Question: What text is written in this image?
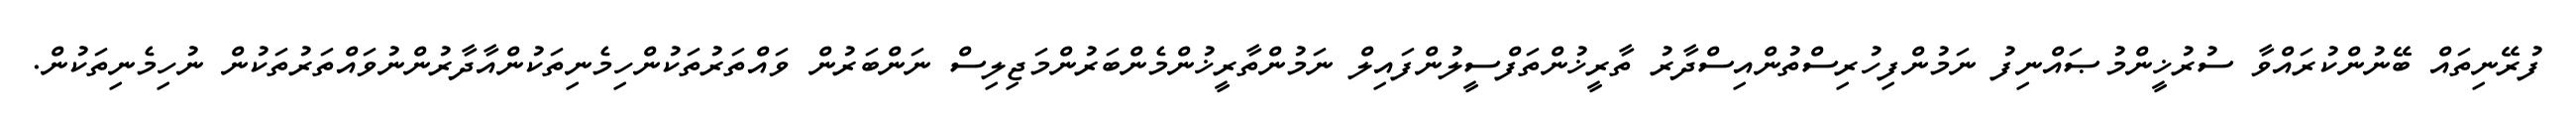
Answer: ފުރޭނިތައް ބޭނުންކުރައްވާ ސުރުޚީންމުޞައްނިފު ނަމުންފިހުރިސްތުންއިސްދާރު ތާރީޚުންތަފްސީލުންފައިލް ނަމުންތާރީޚުންމެންބަރުންމަޖިލިސް ނަންބަރުން ވައްތަރުތަކުންހިމެނިތަކުންއާދާރުންނުވައްތަރުތަކުން ނުހިމެނިތަކުން.